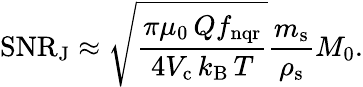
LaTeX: \mathrm{SNR_{J}}\approx\sqrt{\frac{\pi\mu_{0\, }Qf_{\mathrm{nqr}}}{4V_{\mathrm{c\, }}k_{\mathrm{B\, }}T}}\frac{m_{\mathrm{s}}}{\rho_{\mathrm{s}}}M_{0}.